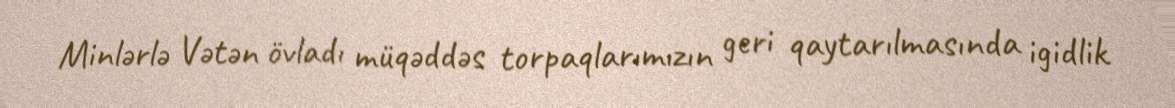
Minlərlə Vətən övladı müqəddəs torpaqlarımızın geri qaytarılmasında igidlik